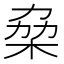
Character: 𠡷